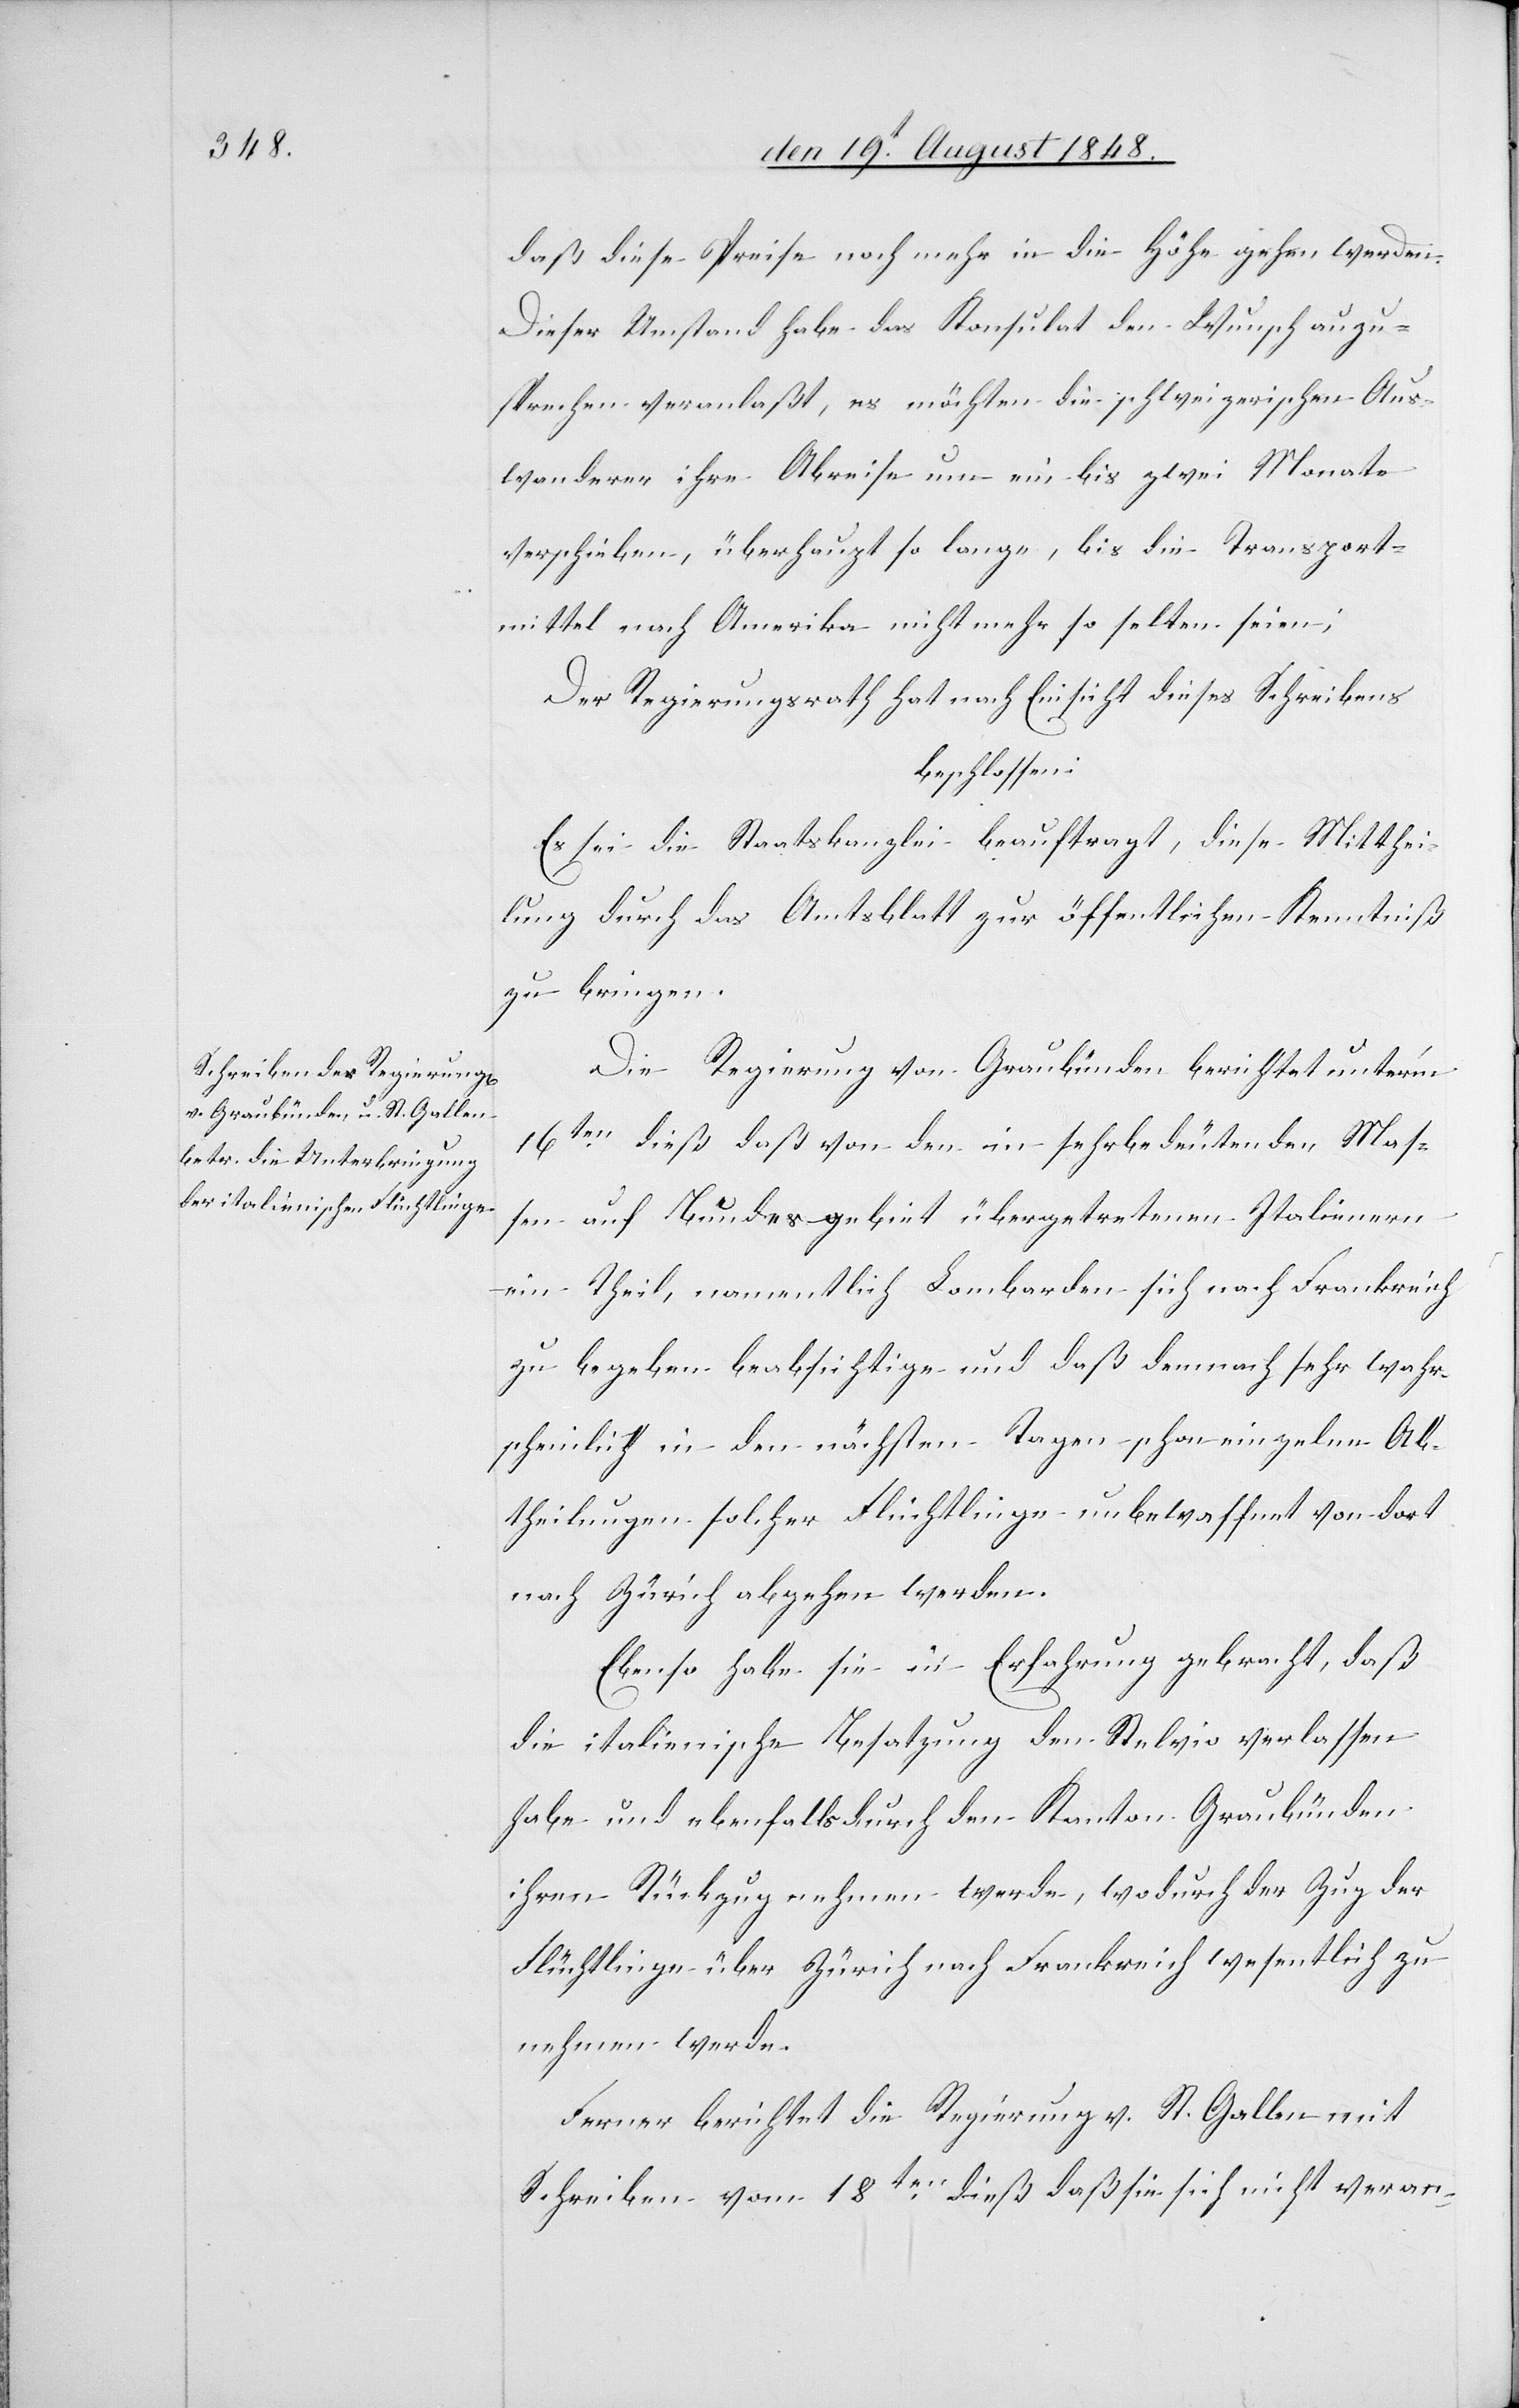
daß diese Preise noch mehr in die Höhe gehen werden.
Dieser Umstand habe das Konsulat den Wunsch au[s]zu¬
sprechen veranlaßt, es möchten die schweizerischen Aus¬
wanderer ihre Abreise um ein bis zwei Monate
verschieben, überhaupt so lange, bis die Transport¬
mittel nach Amerika nicht mehr so selten seien;
Der Regierungsrath hat nach Einsicht dieses Schreibens
beschlossen:
Es sei die Staatskanzlei beauftragt, diese Mitthei¬
lung durch das Amtsblatt zur öffentlichen Kenntniß
zu bringen.
Die Regierung von Graubünden berichtet unter’m
16tem dieß daß von den in sehr bedeutenden Mas¬
sen auf Bundesgebiet übergetretenen Italienern
ein Theil, namentlich Lombarden sich nach Frankreich
zu begeben beabsichtige und daß demnach sehr wahr¬
scheinlich in den nächsten Tagen schon einzelne Ab¬
theilungen solcher Flüchtlinge unbewaffnet von dort
nach Zürich abgehen werden.
Ebenso habe sie in Erfahrung gebracht, daß
die italienische Besatzung den Stelvio verlassen
habe und ebenfalls den Kanton Graubünden
ihren Rückzug nehmen werde, wodurch der Zug der
Flüchtlinge über Zürich nach Frankreich wesentlich zu
nehmen werde.
Ferner berichtet die Regierung v. St. Gallen mit
Schreiben vom 18ten dieß daß sie sich nicht veran-